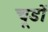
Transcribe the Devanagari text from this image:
चूडों